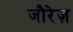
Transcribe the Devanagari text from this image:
जौरेज़